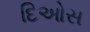
દિઓસ